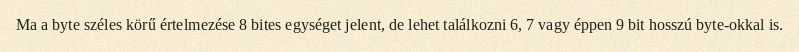
Ma a byte széles körű értelmezése 8 bites egységet jelent, de lehet találkozni 6, 7 vagy éppen 9 bit hosszú byte-okkal is.